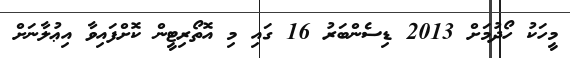
މީހަކު ހޯދުމަށް 2013 ޑިސެންބަރު 16 ގައި މި އޮތޯރިޓީން ކޮށްފައިވާ އިޢުލާނަށް